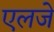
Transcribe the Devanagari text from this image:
एलजे